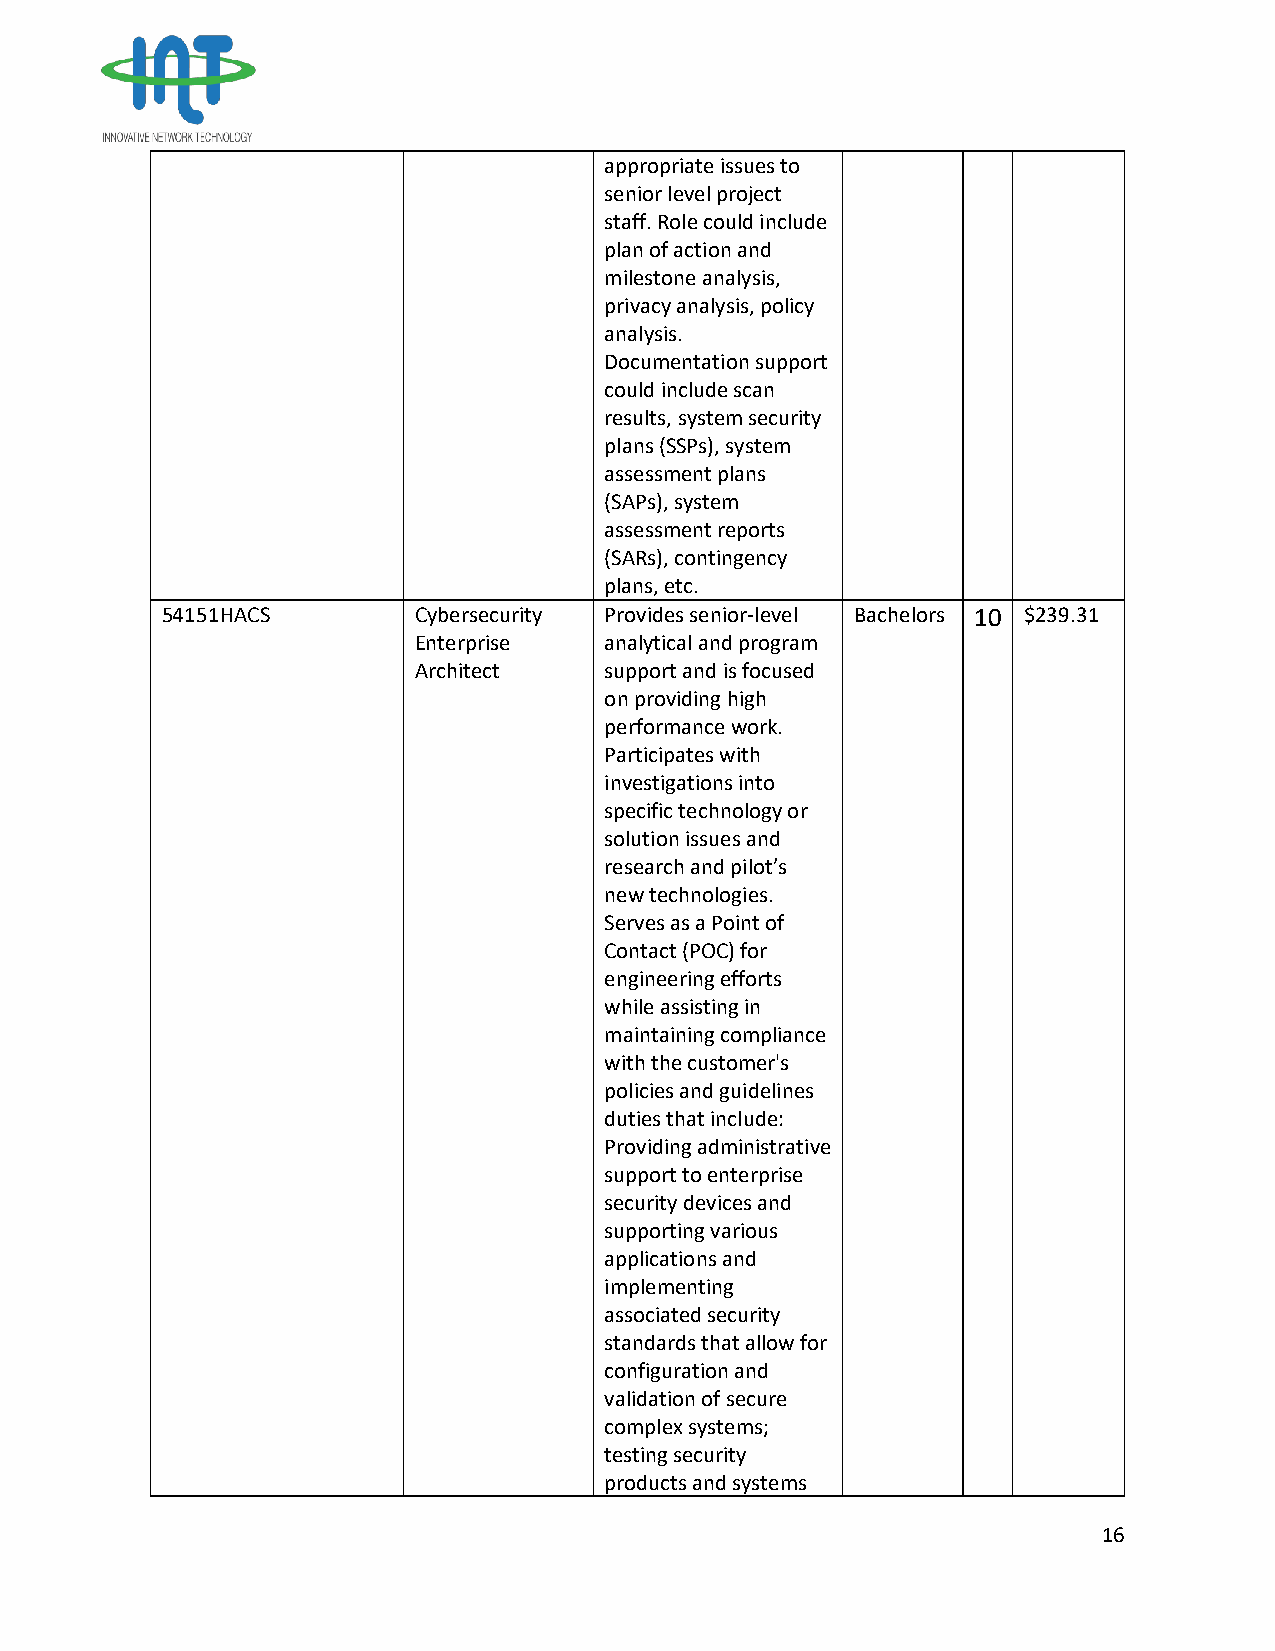
appropriate issues to
 senior level project
 staff. Role could include
 plan of action and
 milestone analysis,
 privacy analysis, policy
 analysis.
 Documentation support
 could include scan
 results, system security
 plans (SSPs), system
 assessment plans
 (SAPs), system
 assessment reports
 (SARs), contingency
 plans, etc.
 54151HACS       Cybersecurity Provides senior-level Bachelors 10 $239.31
 Enterprise   analytical and program
 Architect    support and is focused
 on providing high
 performance work.
 Participates with
 investigations into
 specific technology or
 solution issues and
 research and pilot’s
 new technologies.
 Serves as a Point of
 Contact (POC) for
 engineering efforts
 while assisting in
 maintaining compliance
 with the customer's
 policies and guidelines
 duties that include:
 Providing administrative
 support to enterprise
 security devices and
 supporting various
 applications and
 implementing
 associated security
 standards that allow for
 configuration and
 validation of secure
 complex systems;
 testing security
 products and systems
 16